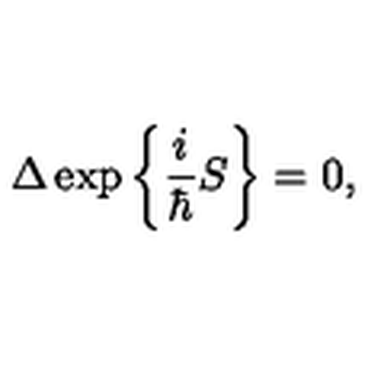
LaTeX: \Delta \exp \bigg \{ \frac { i } { \hbar } S \bigg \} = 0 ,